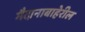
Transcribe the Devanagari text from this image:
मैदानाबाहेरील